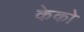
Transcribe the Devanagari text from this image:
केको